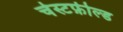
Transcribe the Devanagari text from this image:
चेस्टफ़ील्ड